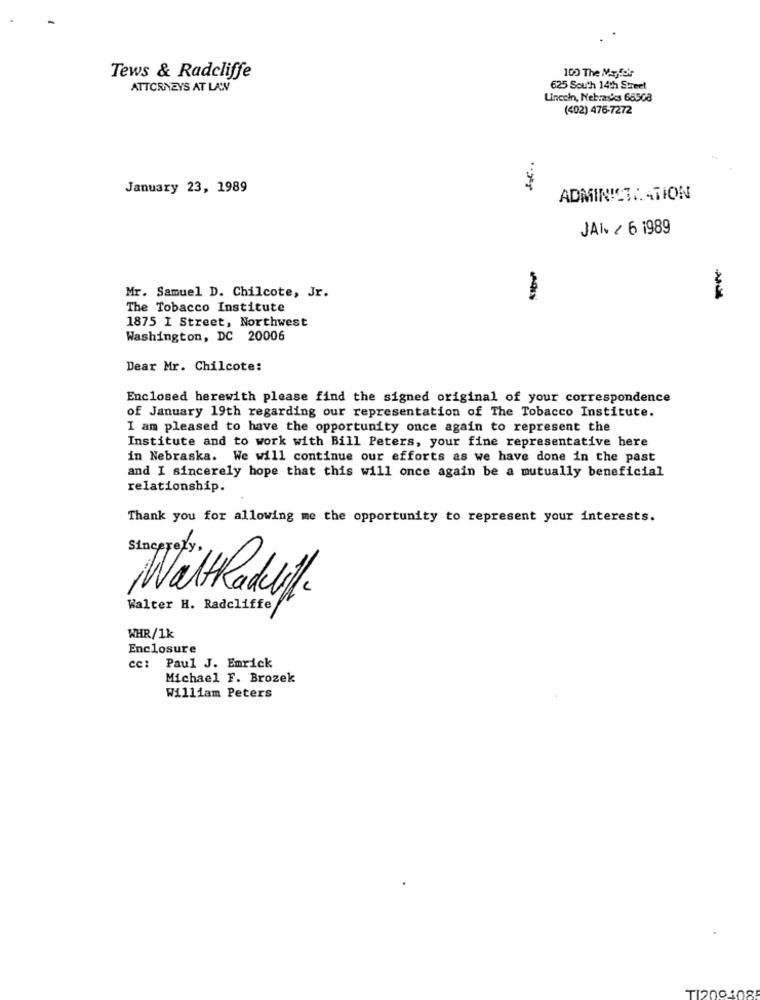
Tews & Radcliffe
100 The Majfor
ATTORNEYS AT LAW
625 South 14th Street
Uncoin, Nebrasks 68508
(402) 475-7272
January 23, 1989
ADMINISTRATION
JAI / 6 1989
Mr. Samuel D. Chilcote, Jr.
The Tobacco Institute
1875 I Street, Northwest
Washington, DC 20006
Dear Mr. Chilcote:
Enclosed herewith please find the signed original of your correspondence
of January 19th regarding our representation of The Tobacco Institute.
I am pleased to have the opportunity once again to represent the
Institute and to work with Bill Peters, your fine representative here
in Nebraska. We will continue our efforts as we have done in the past
and I sincerely hope that this will once again be a mutually beneficial
relationship.
Thank you for allowing me the opportunity to represent your interests.
Wall Racklf .
Walter H. Radcliffe
WHR/1k
Enclosure
cc: Paul J. Emrick
Michael F. Brozek
William Peters
TI200108!